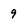
Character: 9